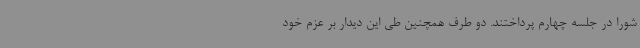
شورا در جلسه چهارم پرداختند. دو طرف همچنین طی این دیدار بر عزم خود